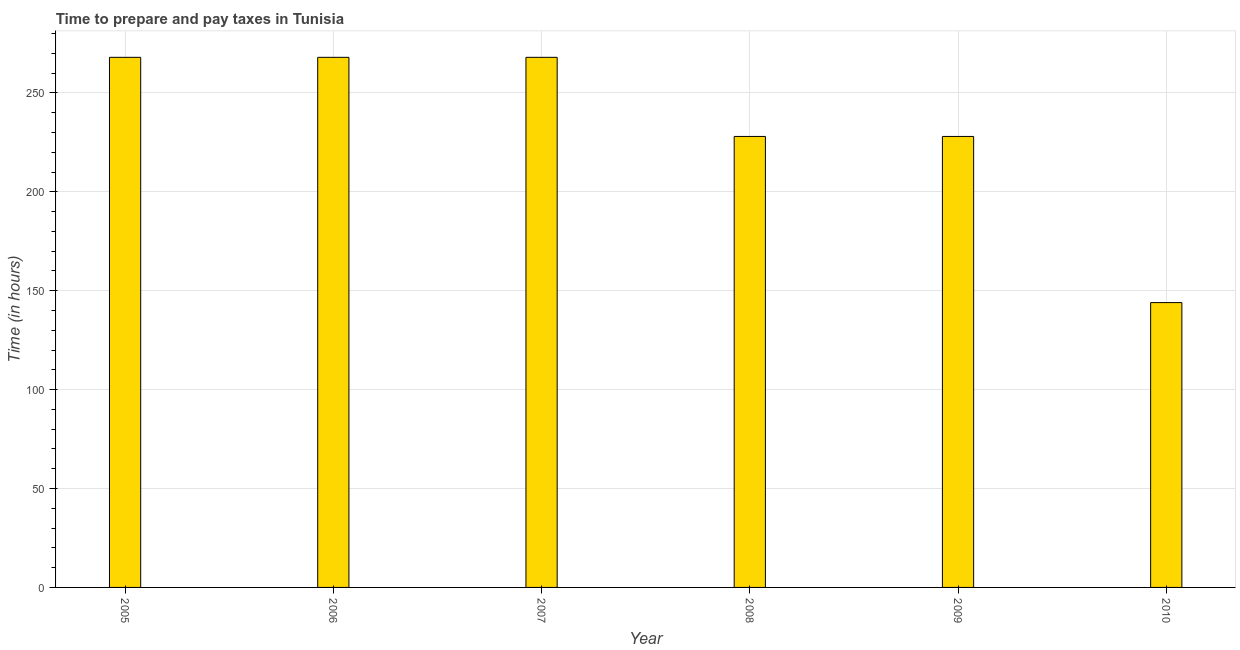
| Year | Time to prepare and pay taxes |
 | --- | --- |
 | 2005 | 268 |
 | 2006 | 268 |
 | 2007 | 268 |
 | 2008 | 228 |
 | 2009 | 228 |
 | 2010 | 144 |